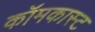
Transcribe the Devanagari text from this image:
कॉमकास्‍ट